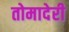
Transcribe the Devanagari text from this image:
तोमादेरी